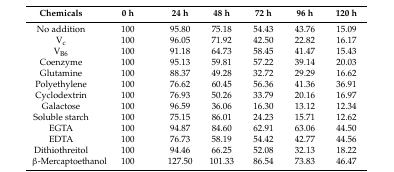
<table><thead><tr><td><b>Chemicals</b></td><td><b>0 h</b></td><td><b>24 h</b></td><td><b>48 h</b></td><td><b>72 h</b></td><td><b>96 h</b></td><td><b>120 h</b></td></tr></thead><tbody><tr><td>No addition</td><td>100</td><td>95.80</td><td>75.18</td><td>54.43</td><td>43.76</td><td>15.09</td></tr><tr><td>V<sub>c</sub></td><td>100</td><td>96.05</td><td>71.92</td><td>42.50</td><td>22.82</td><td>16.17</td></tr><tr><td>V<sub>B6</sub></td><td>100</td><td>91.18</td><td>64.73</td><td>58.45</td><td>41.47</td><td>15.43</td></tr><tr><td>Coenzyme</td><td>100</td><td>95.13</td><td>59.81</td><td>57.22</td><td>39.14</td><td>20.03</td></tr><tr><td>Glutamine</td><td>100</td><td>88.37</td><td>49.28</td><td>32.72</td><td>29.29</td><td>16.62</td></tr><tr><td>Polyethylene</td><td>100</td><td>76.62</td><td>60.45</td><td>56.36</td><td>41.36</td><td>36.91</td></tr><tr><td>Cyclodextrin</td><td>100</td><td>76.93</td><td>50.26</td><td>33.79</td><td>20.16</td><td>16.97</td></tr><tr><td>Galactose</td><td>100</td><td>96.59</td><td>36.06</td><td>16.30</td><td>13.12</td><td>12.34</td></tr><tr><td>Soluble starch</td><td>100</td><td>75.15</td><td>86.01</td><td>24.23</td><td>15.71</td><td>12.62</td></tr><tr><td>EGTA</td><td>100</td><td>94.87</td><td>84.60</td><td>62.91</td><td>63.06</td><td>44.50</td></tr><tr><td>EDTA</td><td>100</td><td>76.73</td><td>58.19</td><td>54.42</td><td>42.77</td><td>44.56</td></tr><tr><td>Dithiothreitol</td><td>100</td><td>94.46</td><td>66.25</td><td>52.08</td><td>32.13</td><td>18.22</td></tr><tr><td>β-Mercaptoethanol</td><td>100</td><td>127.50</td><td>101.33</td><td>86.54</td><td>73.83</td><td>46.47</td></tr></tbody></table>